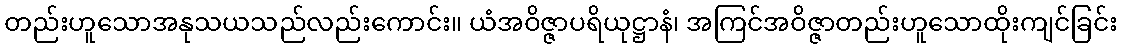
တည်းဟူသောအနုသယသည်လည်းကောင်း။ ယံအဝိဇ္ဇာပရိယုဋ္ဌာနံ၊ အကြင်အဝိဇ္ဇာတည်းဟူသောထိုးကျင်ခြင်း